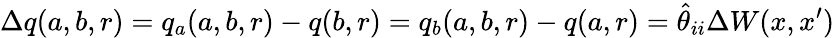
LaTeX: \Delta q(a,b,r)=q_{a}(a,b,r)-q(b,r)=q_{b}(a,b,r)-q(a,r)=\hat{\theta}_{ii}\Delta W(x,x^{\prime})